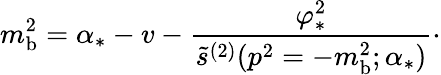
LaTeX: m_{\mathrm{b}}^{2}=\alpha_{*}-v-{\frac{\varphi_{*}^{2}}{\tilde{s}^{(2)}(p^{2}=-m_{\mathrm{b}}^{2};\alpha_{*})}}\cdotp